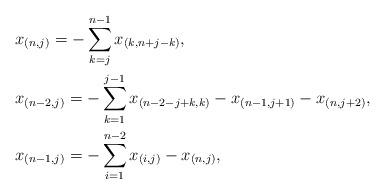
LaTeX: \begin{align*}& x_{(n,j)} = - \sum_{k=j}^{n-1} x_{(k,n+j-k)}, \\& x_{(n-2,j)} = - \sum_{k=1}^{j-1} x_{(n-2-j+k,k)} - x_{(n-1,j+1)} - x_{(n,j+2)},\\& x_{(n-1,j)} = - \sum_{i=1}^{n-2} x_{(i,j)} - x_{(n,j)},\end{align*}